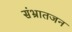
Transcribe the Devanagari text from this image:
संभ्रातजन